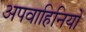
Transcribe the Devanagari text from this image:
अपवाहिनियों